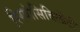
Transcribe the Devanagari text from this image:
रिस्पांसिबिलीटी